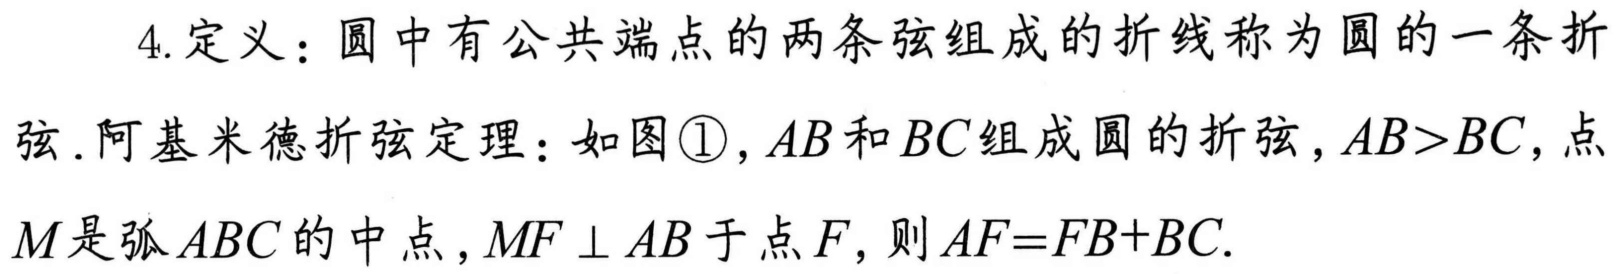
4.定义：圆中有公共端点的两条弦组成的折线称为圆的一条折
弦.阿基米德折弦定理：如图\textcircled{1}，\(AB\)和\(BC\)组成圆的折弦，\(AB>BC\)，点
\(M\)是弧\(ABC\)的中点，\(MF\perp AB\)于点\(F\)，则\(AF = FB + BC\).